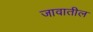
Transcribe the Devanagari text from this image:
जावातील